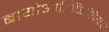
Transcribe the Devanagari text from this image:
बायोआर्टिफिशियल